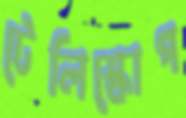
টেলিস্কোপ